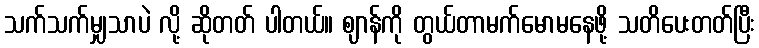
သက်သက်မျှသာပဲ လို့ ဆိုတတ် ပါတယ်။ ဈာန်ကို တွယ်တာမက်မောမနေဖို့ သတိပေးတတ်ပြီး